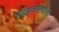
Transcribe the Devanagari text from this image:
गहड़वालवंशी